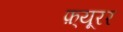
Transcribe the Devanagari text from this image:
फ़्यूरर